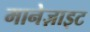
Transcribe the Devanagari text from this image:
मानेज़ाइट